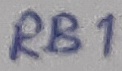
Text: RB1